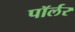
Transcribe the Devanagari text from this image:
पॉर्लर